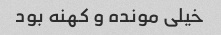
خیلى مونده و کهنه بود